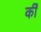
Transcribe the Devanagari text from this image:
की॑